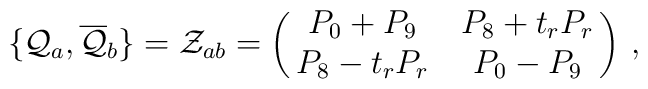
\{ {\cal{Q}}_{a}, {\overline{\cal{Q}}}_b \} = {\cal{Z}}_{ab} =  \pmatrix{P_0 +P_9 & P_8+t_rP_r\cr  P_8-t_rP_r & P_0-P_9 }\, ,